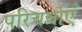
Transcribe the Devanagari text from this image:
परिचर्चाएँ